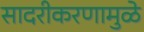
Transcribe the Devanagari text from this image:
सादरीकरणामुळे